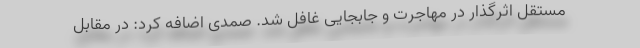
مستقل اثرگذار در مهاجرت و جابجایی غافل شد. صمدی اضافه کرد: در مقابل